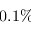
0 . 1 \%